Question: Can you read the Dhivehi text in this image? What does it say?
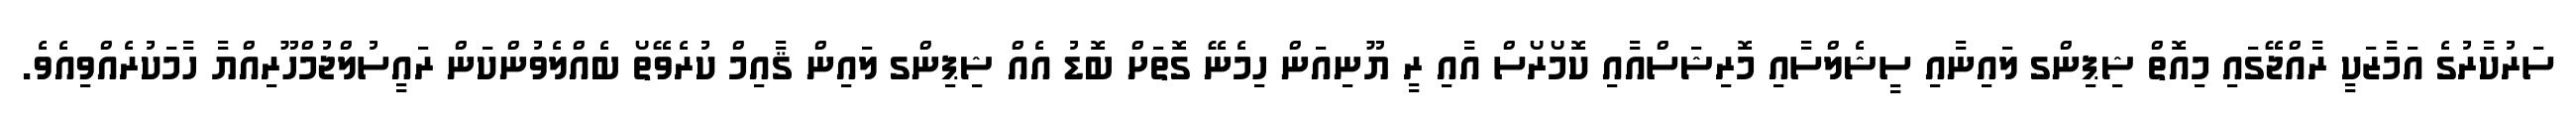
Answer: ސަރުކާރުގެ އަމާޒަކީ ރާއްޖޭގައި މިއޮތް ޝިޕިންގ ލައިނާއި ސީޝެލްސާއި މޮރިޝަސްއާއި ކޮމޯރޯސް އާއި ރީ ޔޫނިއަން ހިމެނޭ ގޮތަށް ބޮޑު އެއް ޝިޕިންގ ލައިން ޤާއިމް ކުރެވޭތޯ ބެއްލެވުންކަން ރައީސުލްޖުމްހޫރިއްޔާ ހާމަކުރެއްވިއެވެ.